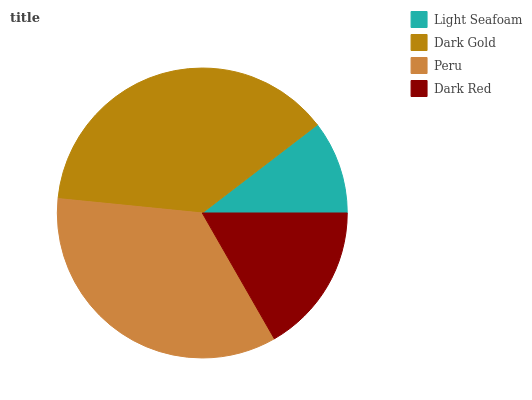
| Light Seafoam | Dark Gold | Peru | Dark Red |
 | --- | --- | --- | --- |
 | 10.4% | 38% | 34.9% | 16.7% |